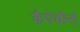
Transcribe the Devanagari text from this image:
कैपेचीनो